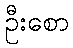
ဦးစော